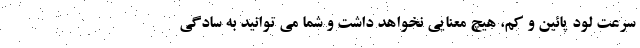
سرعت لود پائین و کم، هیچ معنایی نخواهد داشت و شما می توانید به سادگی